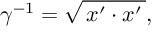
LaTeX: \gamma ^ { - 1 } = \sqrt { \, x ^ { \prime } \cdot x ^ { \prime } \, } ,